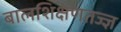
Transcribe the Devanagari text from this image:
बालशिक्षणतज्ज्ञ